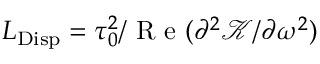
L _ { \mathrm { D i s p } } = \tau _ { 0 } ^ { 2 } / \textrm { R e } ( \partial ^ { 2 } \mathcal { K } / \partial \omega ^ { 2 } )